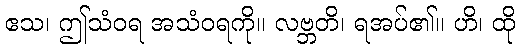
ဧသ၊ ဤသံဝရ အသံဝရကို။ လဗ္ဘတိ၊ ရအပ်၏။ ဟိ၊ ထို